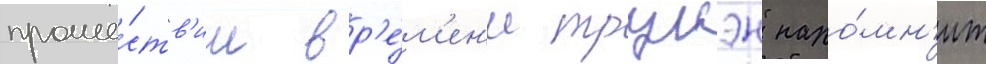
проше́ств'ии вр'е́м'ен'и трумэн напо́мн'ит